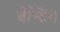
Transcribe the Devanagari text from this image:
बेन्टिंग